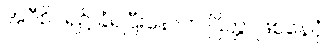
အဝီစိငရဲ၌ ခံရပြီးနောက် ပြိတ္တာဖြစ်နေပုံ။